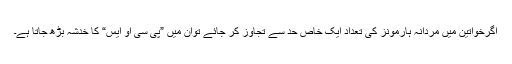
اگرخواتین میں مردانہ ہارمونز کی تعداد ایک خاص حد سے تجاوز کر جائے توان میں ”پی سی او ایس“ کا خدشہ بڑھ جاتا ہے۔